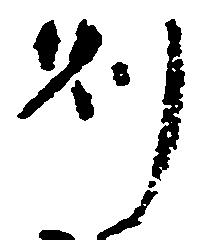
則